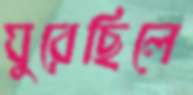
ঘুরেছিলে